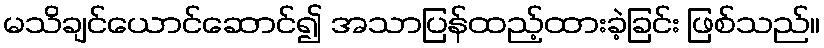
မသိချင်ယောင်ဆောင်၍ အသာပြန်ထည့်ထားခဲ့ခြင်း ဖြစ်သည်။